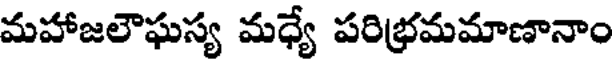
మహాజలౌఘస్య మధ్యే పరిభ్రమమాణానాం